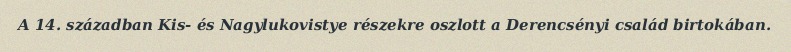
A 14. században Kis- és Nagylukovistye részekre oszlott a Derencsényi család birtokában.